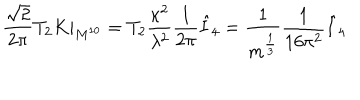
LaTeX: \frac { \sqrt { 2 } } { 2 \pi } T _ { 2 } K | _ { M ^ { 1 0 } } = T _ { 2 } \frac { \kappa ^ { 2 } } { \lambda ^ { 2 } } \frac { 1 } { 2 \pi } \hat { I } _ { 4 } = \frac { 1 } { m ^ { \frac { 1 } { 3 } } } \frac { 1 } { 1 6 \pi ^ { 2 } } \hat { I } _ { 4 }